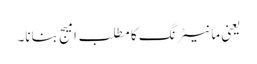
یعنی مانیٹرنگ کا مطلب امیج بنانا۔